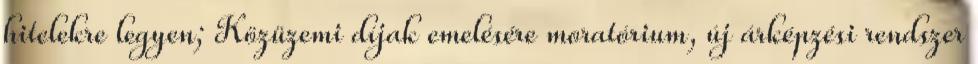
hitelekre legyen; Közüzemi díjak emelésére moratórium, új árképzési rendszer